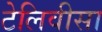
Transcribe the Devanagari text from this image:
टेलिवीसा